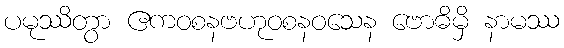
ပမုဿိတွာ ဧကဝစနဗဟုဝစနဝသေန ဗောဓိမှိ နာမဿ